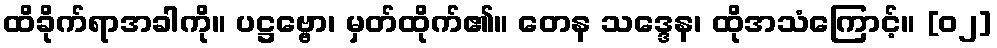
ထိခိုက်ရာအခါကို။ ပဋ္ဌဗ္ဗော၊ မှတ်ထိုက်၏။ တေန သဒ္ဒေန၊ ထိုအသံကြောင့်။ [၀၂]